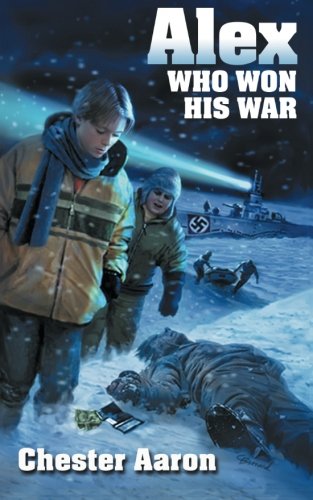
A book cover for Alex, Who Won His War; Chester Aaron; Teen & Young Adult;